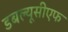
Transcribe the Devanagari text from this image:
डबल्यूसीएफ